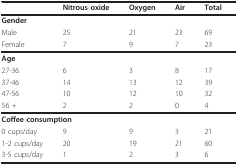
<table><thead><tr><td></td><td><b>Nitrous oxide</b></td><td><b>Oxygen</b></td><td><b>Air</b></td><td><b>Total</b></td></tr></thead><tbody><tr><td colspan="5"><b>Gender</b></td></tr><tr><td>Male</td><td>25</td><td>21</td><td>23</td><td>69</td></tr><tr><td>Female</td><td>7</td><td>9</td><td>7</td><td>23</td></tr><tr><td colspan="5"><b>Age</b></td></tr><tr><td>27-36</td><td>6</td><td>3</td><td>8</td><td>17</td></tr><tr><td>37-46</td><td>14</td><td>13</td><td>12</td><td>39</td></tr><tr><td>47-56</td><td>10</td><td>12</td><td>10</td><td>32</td></tr><tr><td>56 +</td><td>2</td><td>2</td><td>0</td><td>4</td></tr><tr><td colspan="5"><b>Coffee consumption</b></td></tr><tr><td>0 cups/day</td><td>9</td><td>9</td><td>3</td><td>21</td></tr><tr><td>1-2 cups/day</td><td>20</td><td>19</td><td>21</td><td>60</td></tr><tr><td>3-5 cups/day</td><td>1</td><td>2</td><td>3</td><td>6</td></tr></tbody></table>